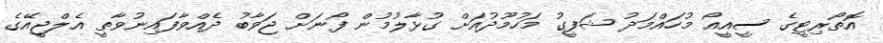
އޮތޯރިޓީގެ ސީއީއޯ މުހައްމަދު ޝަފީގު މަހުމޫދުއަށް ގުޅާލުމުން ފޯނަށް ޖަވާބު ދެއްވާފައިނުވާތީ އެލްޖީއޭގެ